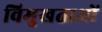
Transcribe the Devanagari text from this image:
विमुखताओं